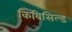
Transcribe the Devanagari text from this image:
किविसिल्ड